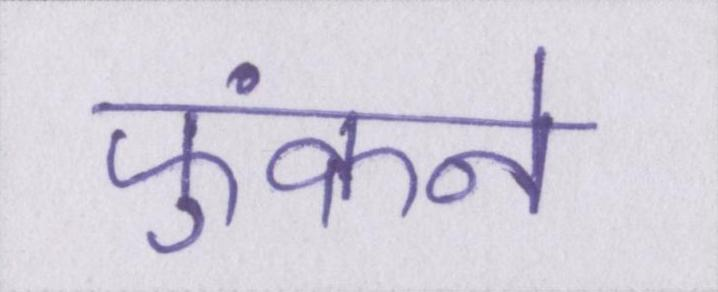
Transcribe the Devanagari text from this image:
फुंकने